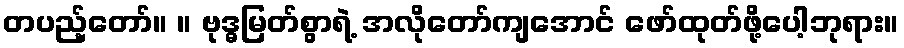
တပည့်တော်။ ။ ဗုဒ္ဓမြတ်စွာရဲ့ အလိုတော်ကျအောင် ဖော်ထုတ်ဖို့ပေါ့ဘုရား။